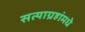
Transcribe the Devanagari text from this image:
सत्याग्रहांमधे